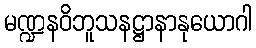
မဏ္ဍနဝိဘူသနဋ္ဌာနာနုယောဂါ